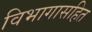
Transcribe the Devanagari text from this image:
विभागासहित